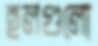
হলগুলো